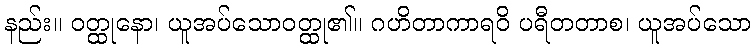
နည်း။ ဝတ္ထုနော၊ ယူအပ်သောဝတ္ထု၏။ ဂဟိတာကာရဝိ ပရီတတာစ၊ ယူအပ်သော